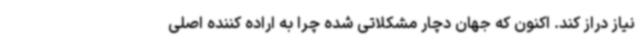
نیاز دراز کند. اکنون که جهان دچار مشکلاتی شده چرا به اراده کننده اصلی